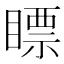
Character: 瞟